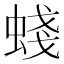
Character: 䗃